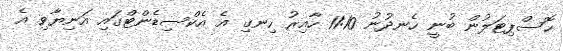
ހޮސްޕިޓަލުން ބުނީ ހެނދުނު 11:10 ހާއިރު ހިނގި އެ އެކްސިޑެންޓްގައި އަނިޔާވި އެ